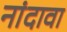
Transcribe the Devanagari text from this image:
नांदावा